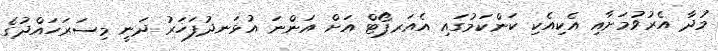
މުދާ އެރުވުމަށާއި އެކިއެކި ކަންކަމުގައި އެއަރޕޯޓް އަށް އަންނަ އުޅަނދުފަހަރު ދަނީ މިސަރަހައްދުގެ